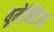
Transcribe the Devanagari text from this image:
यूमेनिडेस